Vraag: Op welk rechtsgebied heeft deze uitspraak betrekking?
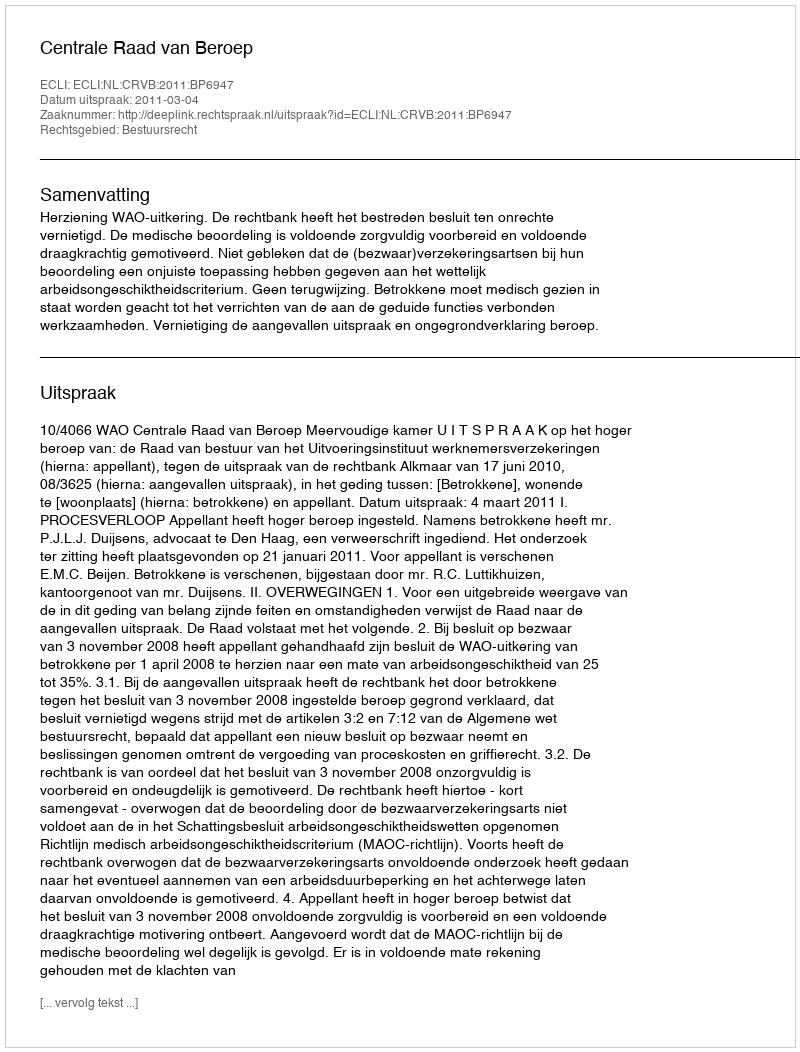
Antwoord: Bestuursrecht